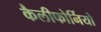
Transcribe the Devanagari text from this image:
कैलीफोर्नियो